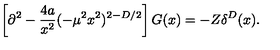
\left[ \partial ^ { 2 } - \frac { 4 a } { x ^ { 2 } } ( - \mu ^ { 2 } x ^ { 2 } ) ^ { 2 - D / 2 } \right] G ( x ) = - Z \delta ^ { D } ( x ) .